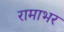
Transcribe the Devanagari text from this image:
रामाभर